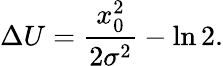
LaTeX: \Delta U=\frac{x_{0}^{2}}{2\sigma^{2}}-\ln 2.